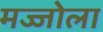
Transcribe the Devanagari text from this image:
मज्जोला